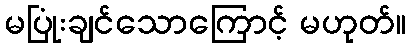
မပြုံးချင်သောကြောင့် မဟုတ်။